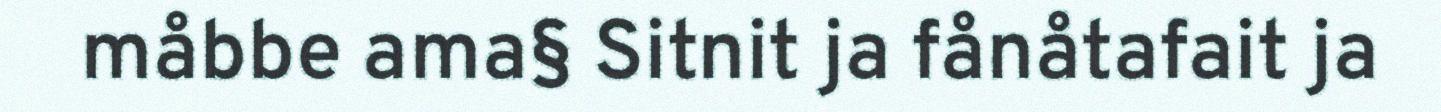
måbbe ama§ Sitnit ja fånåtafait ja